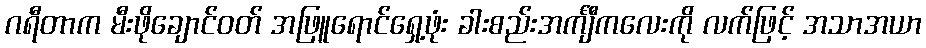
ဂရီတာက မီးဖိုချောင်ဝတ် အဖြူရောင်ရှေ့ဖုံး ခါးစည်းအင်္ကျီကလေးကို လက်ဖြင့် အသာအယာ